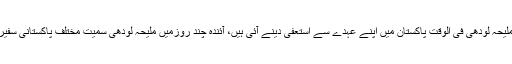
ذرائع کے مطابق ملیحہ لودھی فی الوقت پاکستان میں اپنے عہدے سے استعفیٰ دینے آئی ہیں، آئندہ چند روزمیں ملیحہ لودھی سمیت مختلف پاکستانی سفیر مستعفی ہوں گے۔